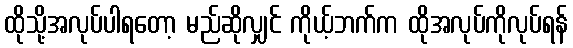
ထိုသို့အလုပ်ပါရတော့ မည်ဆိုလျှင် ကိုယ့်ဘက်က ထိုအလုပ်ကိုလုပ်ရန်